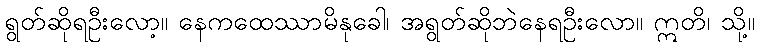
ရွတ်ဆိုရဦးလော့။ နေကထေဿာမိနုခေါ၊ အရွတ်ဆိုဘဲနေရဦးလော။ ဣတိ၊ သို့။